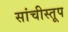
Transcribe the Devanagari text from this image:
सांचीस्तूप